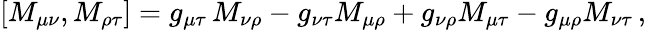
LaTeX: [M_{\mu\nu},M_{\rho\tau}]=g_{\mu\tau}\, M_{\nu\rho}-g_{\nu\tau}M_{\mu\rho}+g_{\nu\rho}M_{\mu\tau}-g_{\mu\rho}M_{\nu\tau}\, ,